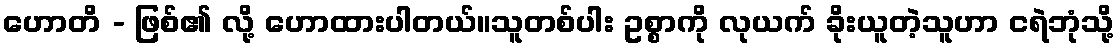
ဟောတိ - ဖြစ်၏ လို့ ဟောထားပါတယ်။သူတစ်ပါး ဥစ္စာကို လုယက် ခိုးယူတဲ့သူဟာ ငရဲဘုံသို့